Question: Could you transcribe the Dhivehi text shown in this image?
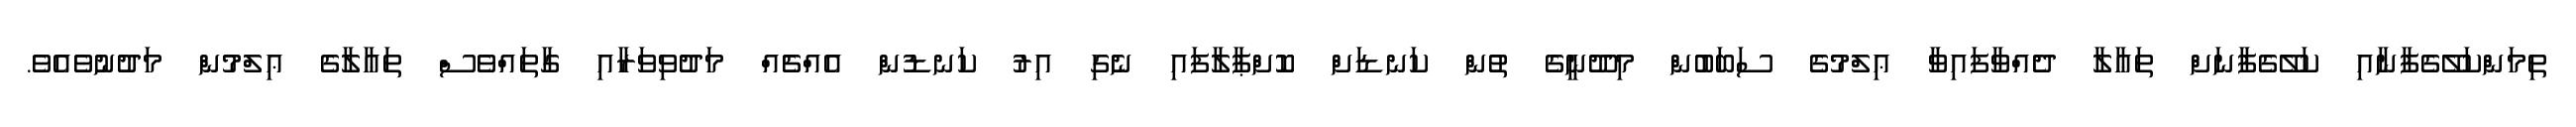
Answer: ތިމަންކަލޭގެފާނާއި ކަލޭގެފާނަށް ތަޢާލާ ދެއްވާފައިވާ ޢިލްމުގެ ސަބަބުން މިދޫނީގެ ތުން ކަނޑަށް ކޮށްޕާލާފައި ނެގި އިރު ކަނޑުން އެއްޗެއް މަދުވިވަރާއި ގާތައްވެސް ތަޢާލާގެ ޢިލްމުން މަދުނުވެއެވެ.